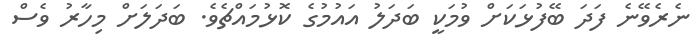
ނެރެވޭނެ ފަދަ ބޭފުޅަކަށް ވުމަކީ ބަދަލު އައުމުގެ ކޮޅުމައްޗެވެ. ބަދަލަށް މިހާރު ވެސް